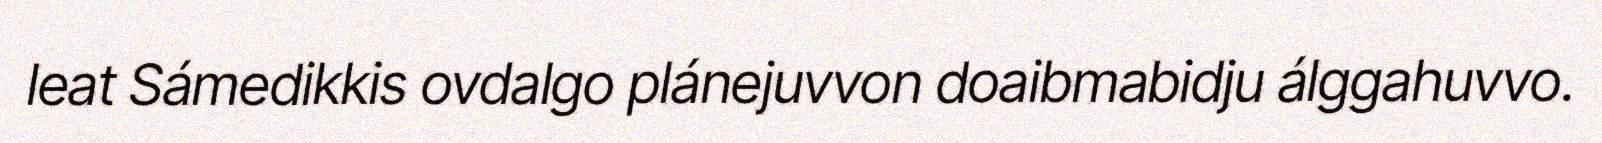
leat Sámedikkis ovdalgo plánejuvvon doaibmabidju álggahuvvo.